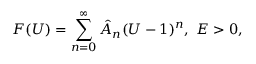
F ( U ) = \sum _ { n = 0 } ^ { \infty } \hat { A } _ { n } ( U - 1 ) ^ { n } , ~ E > 0 ,